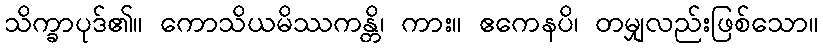
သိက္ခာပုဒ်၏။ ကောသိယမိဿကန္တိ၊ ကား။ ဧကေနပိ၊ တမျှလည်းဖြစ်သော။